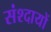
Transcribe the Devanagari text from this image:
संश्दायों